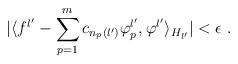
LaTeX: \begin{align*}\vert\langle f^{l'}-\sum_{p=1}^m c_{n_p(l')}\varphi_p^{l'},\varphi^{l'}\rangle_{H_{l'}}\vert < \epsilon\; .\end{align*}